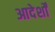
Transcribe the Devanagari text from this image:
आदेर्शों